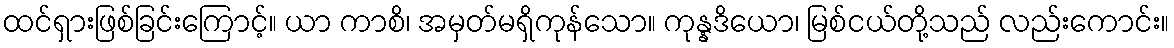
ထင်ရှားဖြစ်ခြင်းကြောင့်။ ယာ ကာစိ၊ အမှတ်မရှိကုန်သော။ ကုန္နဒိယော၊ မြစ်ငယ်တို့သည် လည်းကောင်း။